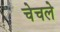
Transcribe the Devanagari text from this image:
चेचले